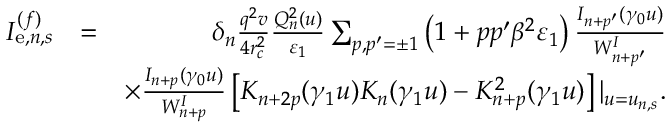
\begin{array} { r l r } { I _ { \mathrm { e } , n , s } ^ { ( f ) } } & { = } & { \delta _ { n } \frac { q ^ { 2 } v } { 4 r _ { c } ^ { 2 } } \frac { Q _ { n } ^ { 2 } ( u ) } { \varepsilon _ { 1 } } \sum _ { p , p ^ { \prime } = \pm 1 } \left( 1 + p p ^ { \prime } \beta ^ { 2 } \varepsilon _ { 1 } \right) \frac { I _ { n + p ^ { \prime } } ( \gamma _ { 0 } u ) } { W _ { n + p ^ { \prime } } ^ { I } } } \\ & { } & { \times \frac { I _ { n + p } ( \gamma _ { 0 } u ) } { W _ { n + p } ^ { I } } \left[ K _ { n + 2 p } ( \gamma _ { 1 } u ) K _ { n } ( \gamma _ { 1 } u ) - K _ { n + p } ^ { 2 } ( \gamma _ { 1 } u ) \right] | _ { u = u _ { n , s } } . } \end{array}